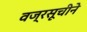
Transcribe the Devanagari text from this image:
वज्रसूचीने